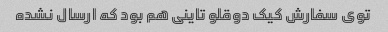
توی سفارش کیک دوقلو تاینی هم بود که ارسال نشده